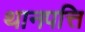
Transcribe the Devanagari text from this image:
थानपत्ति